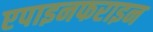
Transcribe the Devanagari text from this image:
एपाइनफराइन